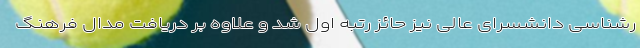
رشناسی دانشسرای عالی نیز حائز رتبه اول شد و علاوه بر دریافت مدال فرهنگ